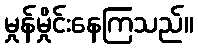
မှုန်မှိုင်းနေကြသည်။